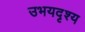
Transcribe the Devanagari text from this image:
उभयदृश्य